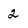
Character: 2